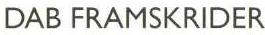
DAB FRAMSKRIDER